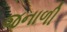
જનાળી